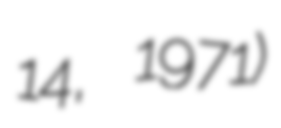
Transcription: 14, 1971)